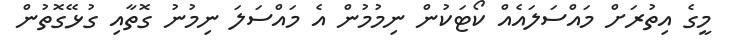
މީގެ އިތުރަށް މައްސަލައެއް ކޯޓަކުން ނިމުމުން އެ މައްސަލަ ނިމުނު ގޮތާއި ގުޅޭގޮތުން